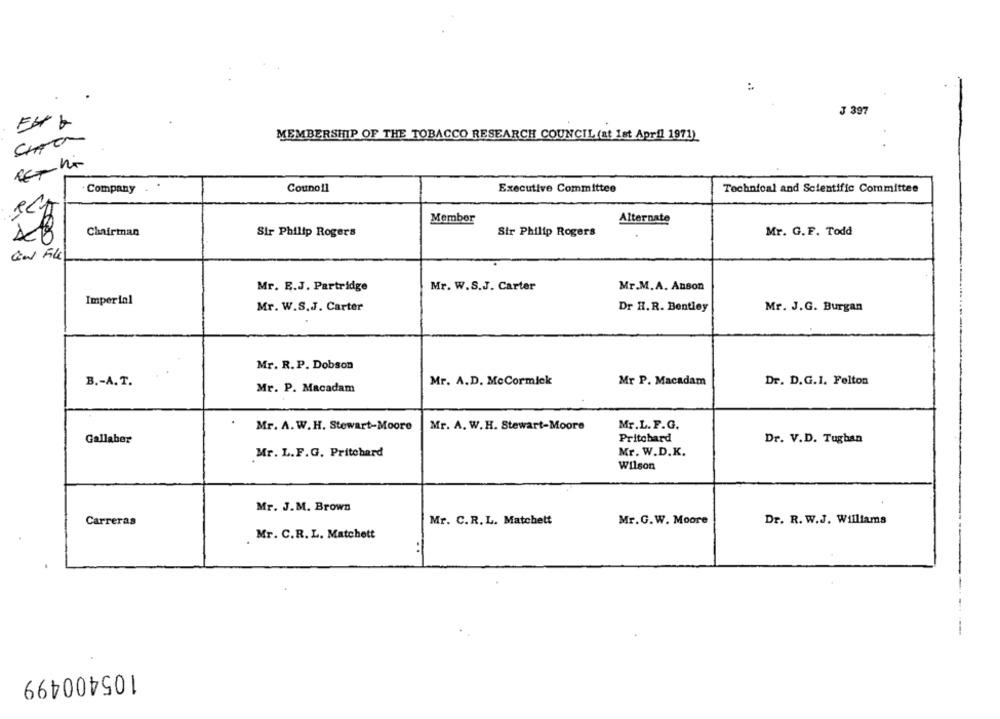
J 397
MEMBERSHIP OF THE TOBACCO RESEARCH COUNCIL (at 1st April 1971)
Company
Couno1l
Executive Committee
Technical and Scientific Committee
Member
Alternate
Chairman
Sir Philip Rogers
Sir Philip Rogers
Mr. G.F. Todd
GW File
Mr. E.J. Partridge
Mr. W.S.J. Carter
Mr.M.A. Anson
Imperial
Mr. W.S.J. Carter
Dr H.R. Bentley
Mr. J.G. Burgan
Mr. R. P. Dobson
Mr. A.D. McCormick
Dr. D.G.1. Felton
B .- A.T.
Mr. P. Macadam
Mr P. Macadam
Mr.L. F.G.
Mr. A. W.H. Stewart-Moore
Mr. A. W.H. Stewart-Moore
Gallaher
Pritchard
Dr. V.D. Tughan
Mr. L.F.G. Pritchard
Mr. W.D.K.
Wilson
Mr. J.M. Brown
Carreras
Mr. C.R. L. Matchett
Mr.G.W. Moore
Dr. R. W.J. Williams
Mr. C.R. L. Matchett
..
105400499